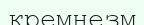
кремнезм